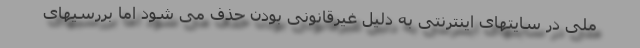
ملی در سایتهای اینترنتی به دلیل غیرقانونی بودن حذف می شود اما بررسیهای